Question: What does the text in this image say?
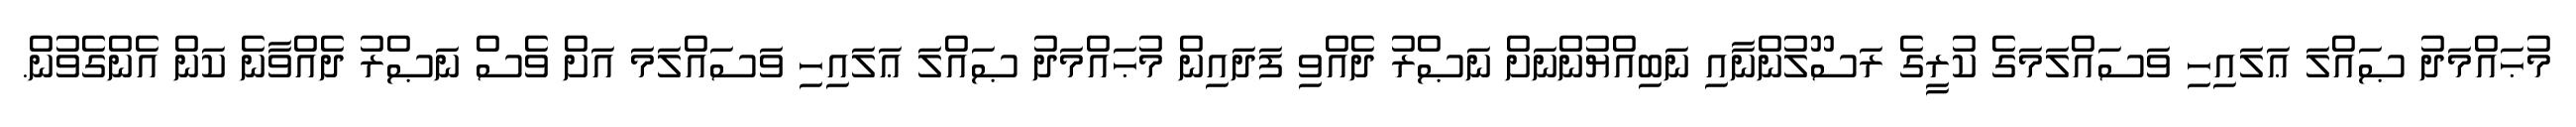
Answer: މުޙައްމަދު ޞައްލަ ޢަލައިހި ވަސައްލަމަގެ ކުރީގެ ރަސޫލުންނާއި ނަބިއްޔުންނަށް ނަޞްރު ދެއްވި ފަދައިން މުޙައްމަދު ޞައްލަ ޢަލައިހި ވަސައްލަމަ އަށް ވެސް ނަޞްރު ދެއްވާނެ ކަން އެންގެވުން.